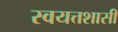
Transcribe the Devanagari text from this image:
स्वयत्तशासी